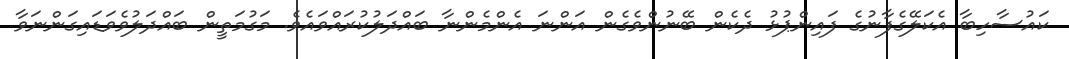
ކައުސާހިބާ އެކަލޭގެފާނުގެ ފައިންޕުޅު ދެކެން ބޭނުންވެގެން އަންނަ އެންމެންނާ ބައްދަލުކުރައްވައެވެ. މަގުމަތީން ބައްދަލުވެވަޑައިގަންނަވާ